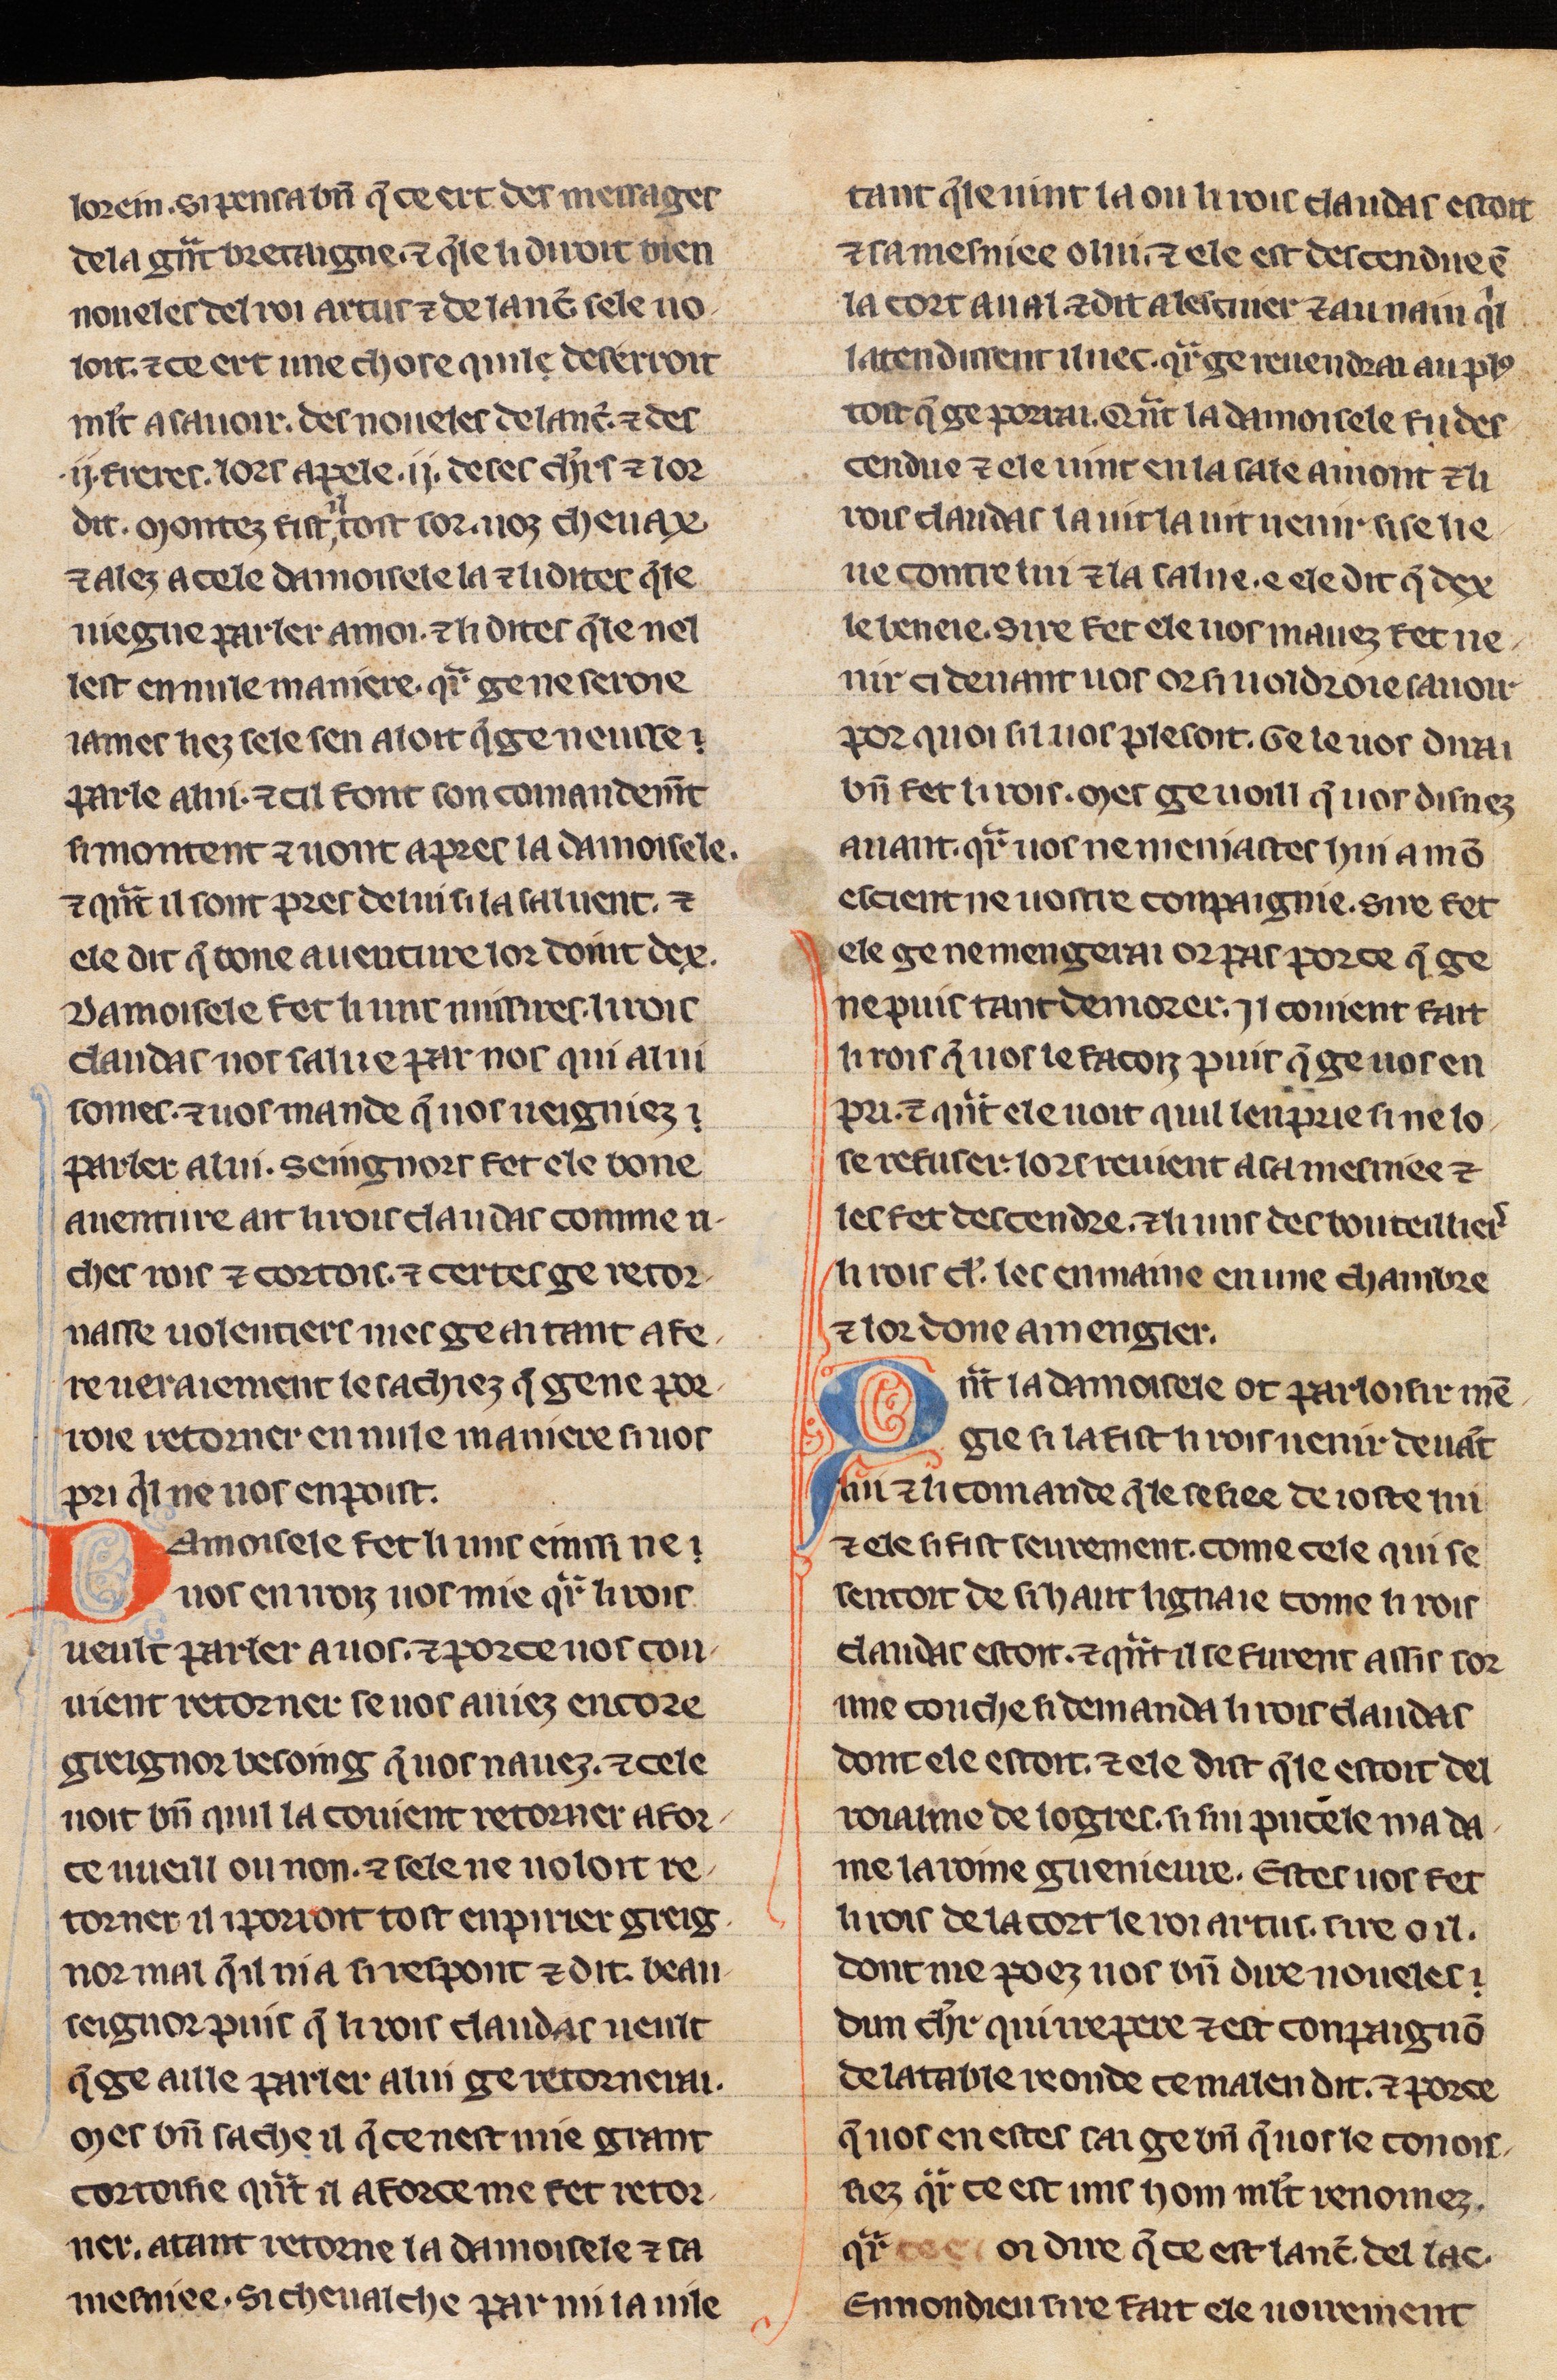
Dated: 1275–1299